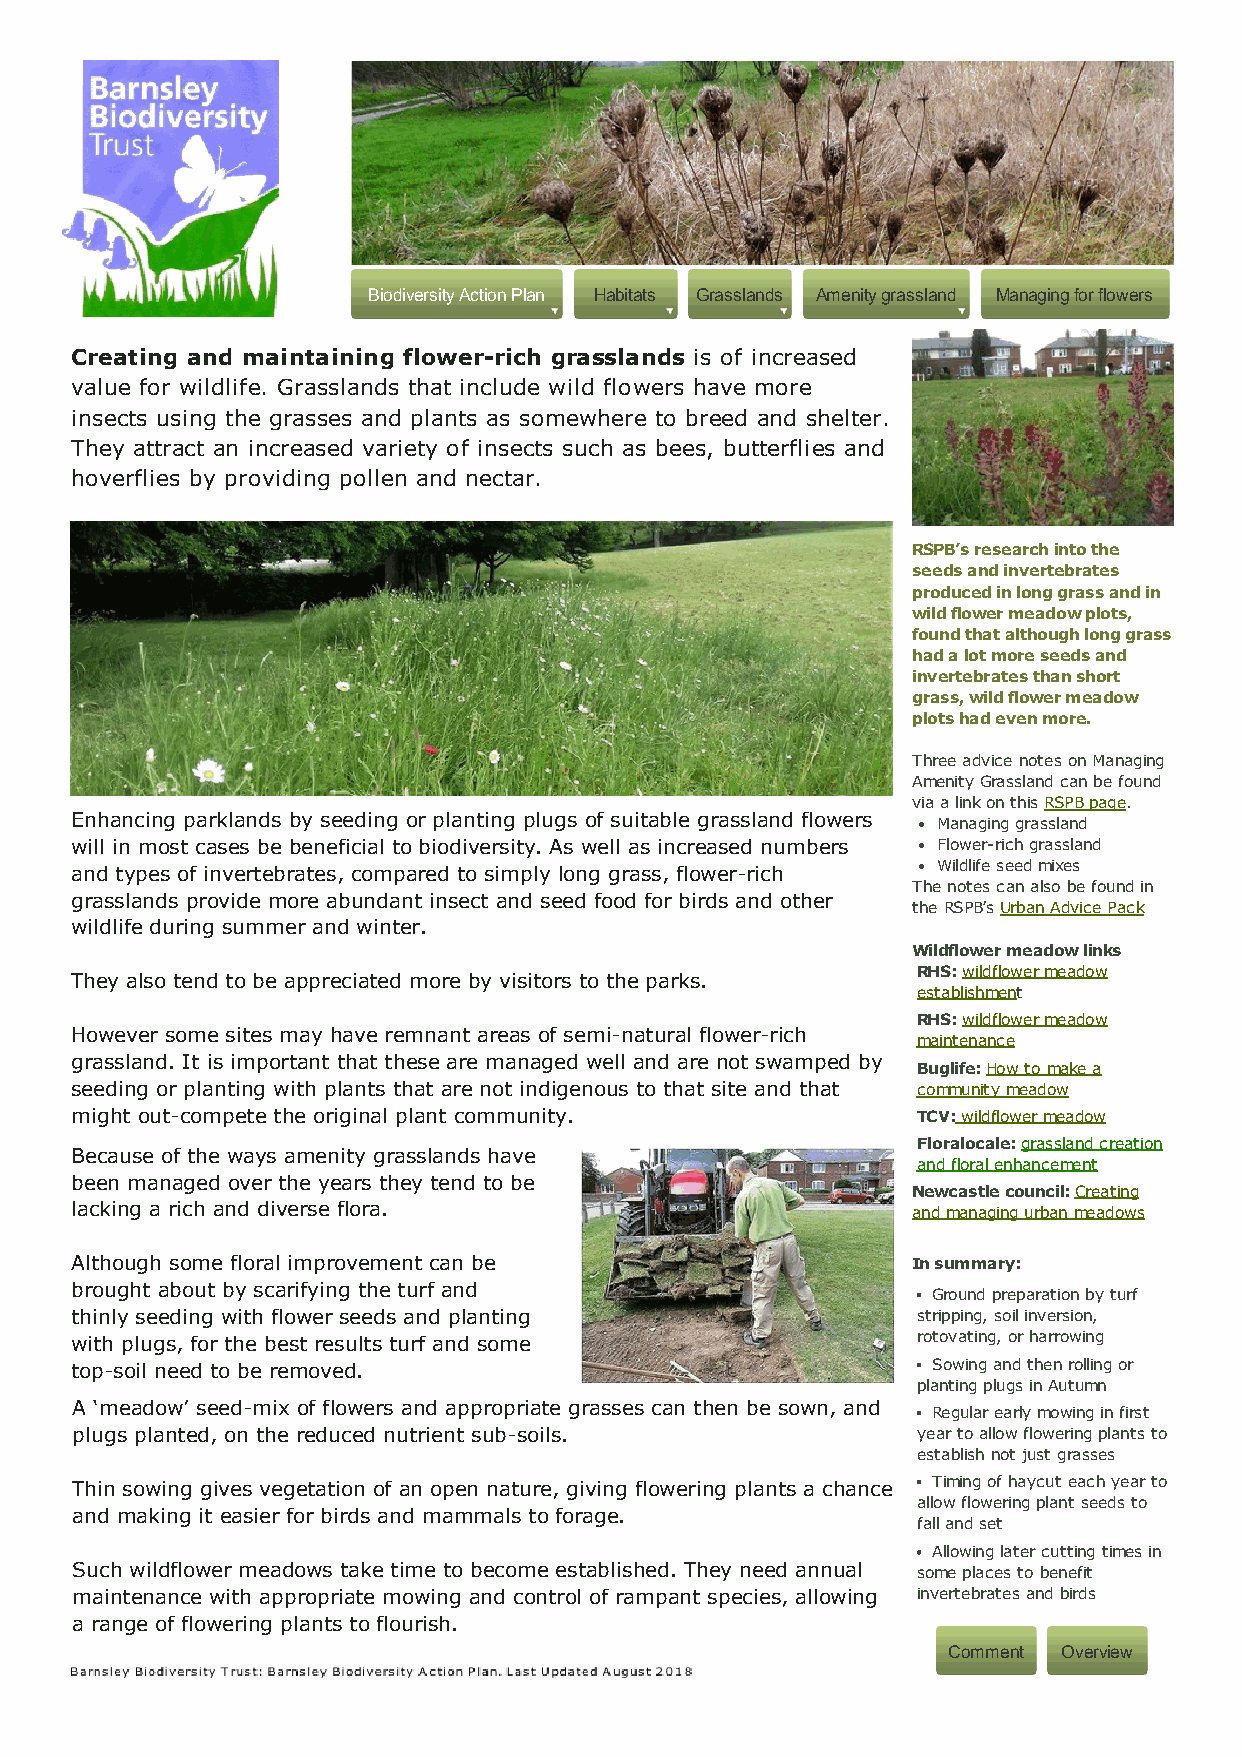
Biodiversity Action Plan Habitats Grasslands Amenity grassland Managing for flowers
 Creating and maintaining flower-rich grasslands is of increased
 value for wildlife. Grasslands that include wild flowers have more
 insects using the grasses and plants as somewhere to breed and shelter.
 They attract an increased variety of insects such as bees, butterflies and
 hoverflies by providing pollen and nectar.
 RSPB’s research into the
 seeds and invertebrates
 produced in long grass and in
 wild flower meadow plots,
 found that although long grass
 had a lot more seeds and
 invertebrates than short
 grass, wild flower meadow
 plots had even more.
 Three advice notes on Managing
 Amenity Grassland can be found
 via a link on this RSPB page.
 Enhancing parklands by seeding or planting plugs of suitable grassland flowers Managing grassland
 will in most cases be beneficial to biodiversity. As well as increased numbers Flower-rich grassland
 and types of invertebrates, compared to simply long grass, flower-rich Wildlife seed mixes
 The notes can also be found in
 grasslands provide more abundant insect and seed food for birds and other
 the RSPB’s Urban Advice Pack
 wildlife during summer and winter.
 Wildflower meadow links
 RHS: wildflower meadow
 They also tend to be appreciated more by visitors to the parks.
 establishment
 RHS: wildflower meadow
 However some sites may have remnant areas of semi-natural flower-rich
 maintenance
 grassland. It is important that these are managed well and are not swamped by
 Buglife: How to make a
 seeding or planting with plants that are not indigenous to that site and that community meadow
 might out-compete the original plant community.         TCV: wildflower meadow
 Floralocale: grassland creation
 Because of the ways amenity grasslands have
 and floral enhancement
 been managed over the years they tend to be
 Newcastle council: Creating
 lacking a rich and diverse flora.                      and managing urban meadows
 Although some floral improvement can be                In summary:
 brought about by scarifying the turf and                 Ground preparation by turf
 thinly seeding with flower seeds and planting           stripping, soil inversion,
 with plugs, for the best results turf and some          rotovating, or harrowing
 top-soil need to be removed.                             Sowing and then rolling or
 planting plugs in Autumn
 A ‘meadow’ seed-mix of flowers and appropriate grasses can then be sown, and Regular early mowing in first
 plugs planted, on the reduced nutrient sub-soils.       year to allow flowering plants to
 establish not just grasses
 Thin sowing gives vegetation of an open nature, giving flowering plants a chance Timing of haycut each year to
 allow flowering plant seeds to
 and making it easier for birds and mammals to forage.
 fall and set
 Allowing later cutting times in
 Such wildflower meadows take time to become established. They need annual some places to benefit
 maintenance with appropriate mowing and control of rampant species, allowing invertebrates and birds
 a range of flowering plants to flourish.
 Comment Overview